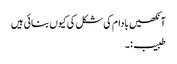
آنکھیں بادام کی شکل کی کیوں بنائی ہیں
طبیب:۔